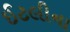
ઈટલીના